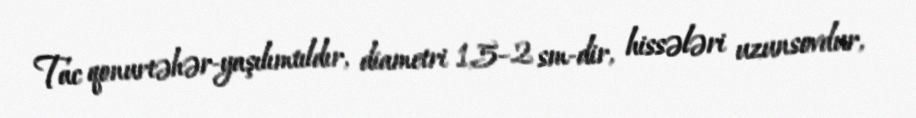
Tac qonurtəhər-yaşılımtıldır, diametri 1,5–2 sm-dir, hissələri uzunsovdur,